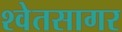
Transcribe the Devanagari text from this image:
श्वेतसागर